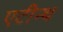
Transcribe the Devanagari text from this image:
एटीन्थ